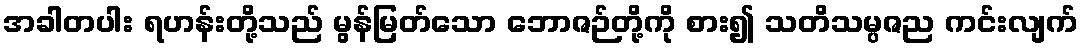
အခါတပါး ရဟန်းတို့သည် မွန်မြတ်သော ဘောဇဉ်တို့ကို စား၍ သတိသမ္ပဇည ကင်းလျက်